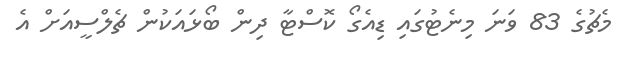
މެޗުގެ 83 ވަނަ މިނެޓުގައި ޑިއެގޯ ކޮސްޓާ ދިން ބޯޅައަކުން ޗެލްސީއަށް އެ